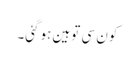
کون سی توہین ہوگئی۔